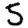
Digit: 5